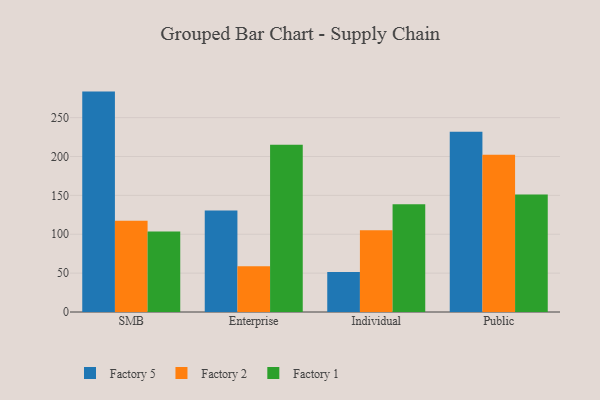
{"axis": {"x": "Segment", "y": "Market Share (%)"}, "legend": ["Factory 1", "Factory 2", "Factory 5"], "data": [{"x": "SMB", "y": 283.5, "type": "Factory 5"}, {"x": "SMB", "y": 117.3, "type": "Factory 2"}, {"x": "SMB", "y": 103.7, "type": "Factory 1"}, {"x": "Enterprise", "y": 130.5, "type": "Factory 5"}, {"x": "Enterprise", "y": 58.9, "type": "Factory 2"}, {"x": "Enterprise", "y": 215.1, "type": "Factory 1"}, {"x": "Individual", "y": 51.5, "type": "Factory 5"}, {"x": "Individual", "y": 105.3, "type": "Factory 2"}, {"x": "Individual", "y": 138.5, "type": "Factory 1"}, {"x": "Public", "y": 231.7, "type": "Factory 5"}, {"x": "Public", "y": 202.2, "type": "Factory 2"}, {"x": "Public", "y": 151.1, "type": "Factory 1"}]}